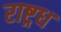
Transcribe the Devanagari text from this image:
राष्ट्रध